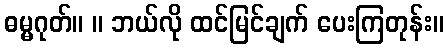
ဓမ္မဂုတ်။ ။ ဘယ်လို ထင်မြင်ချက် ပေးကြတုန်း။